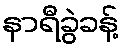
နာရီခွဲခန့်